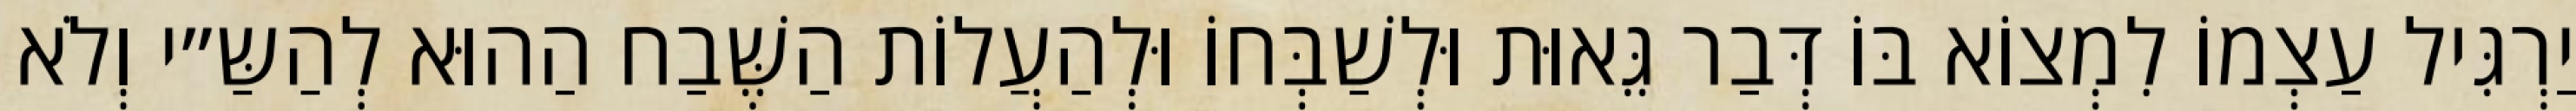
יַרְגִּיל עַצְמוֹ לִמְצוֹא בּוֹ דְּבַר גֵּאוּת וּלְשַׁבְּחוֹ וּלְהַעֲלוֹת הַשֶּׁבַח הַהוּא לְהַשַּ״י וְלֹא